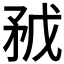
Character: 𥍥